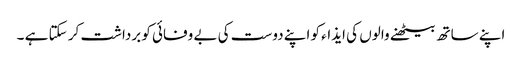
اپنے ساتھ بیٹھنے والوں کی ایذاء کو اپنے دوست کی بے وفائی کو برداشت کر سکتا ہے ۔